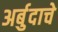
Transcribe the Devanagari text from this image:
अर्बुदाचे